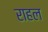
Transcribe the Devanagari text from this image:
राहल